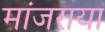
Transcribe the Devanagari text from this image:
मांजराया